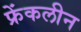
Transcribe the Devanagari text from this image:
फ्रेंकलीन